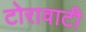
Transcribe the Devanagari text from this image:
टोरावाटी